Annual report of the Punjab Veterinary College and of the Civil Veterinary Department, Punjab - 1926-1932
Year: 1926
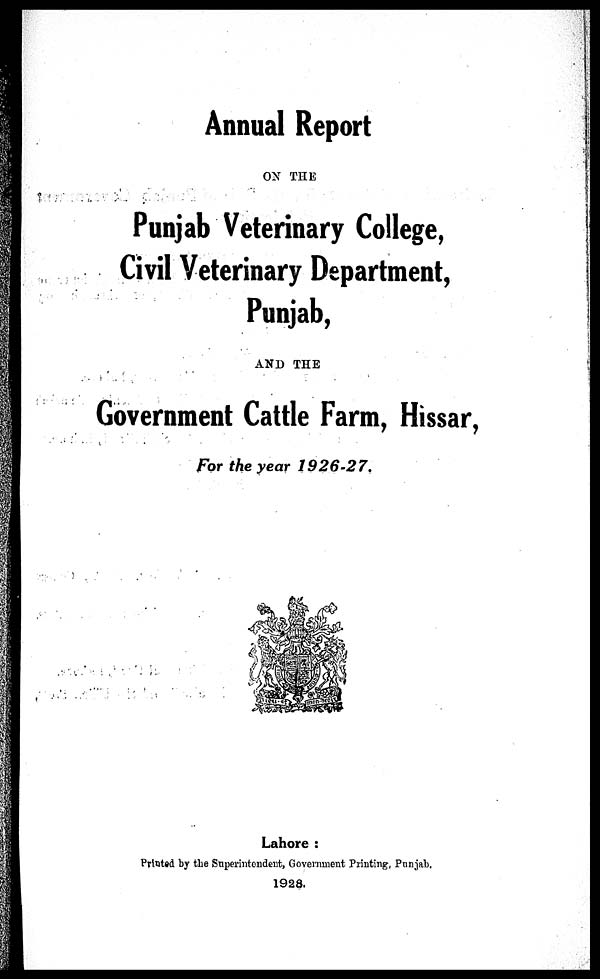
Annual Report
ON THE
Punjab Veterinary College,
Civil Veterinary Department,
Punjab,
AND THE
Government Cattle Farm, Hissar,
For the year
1926-27.
Lahore:
Printed by the Superintendent, Government Printing, Punjab.
1928.